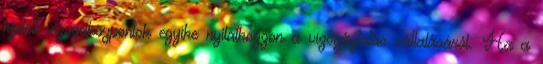
kijelölt vizsgaközpontok egyike nyilatkozzon a vizsgáztatás vállalásáról. Ha a